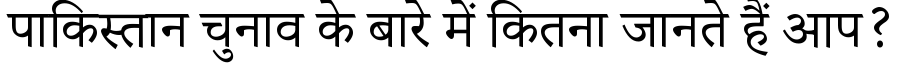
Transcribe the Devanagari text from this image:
पाकिस्तान चुनाव के बारे में कितना जानते हैं आप?